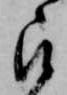
被